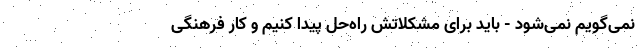
نمی‌گویم نمی‌شود - باید برای مشکلاتش راه‌حل پیدا کنیم و کار فرهنگی